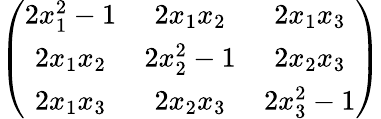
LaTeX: \left(\begin{array}{ccc}{{2x_{1}^{2}-1}}&{{2x_{1}x_{2}}}&{{2x_{1}x_{3}}}\\ {{2x_{1}x_{2}}}&{{2x_{2}^{2}-1}}&{{2x_{2}x_{3}}}\\ {{2x_{1}x_{3}}}&{{2x_{2}x_{3}}}&{{2x_{3}^{2}-1}}\end{array}\right)